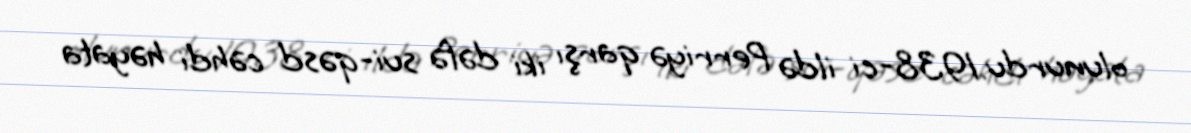
olunurdu.1938-ci ildə Perriyə qarşı iki dəfə sui-qəsd cəhdi həyata